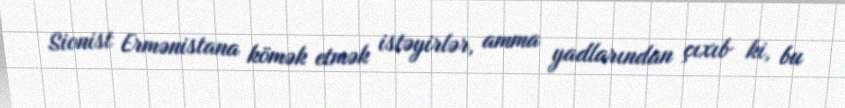
Sionist Ermənistana kömək etmək istəyirlər, amma yadlarından çıxıb ki, bu